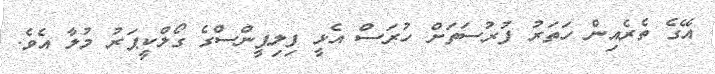
އޭގެ ތެރެއިން ހަތަރު ފުރުސަތަށް ހުރަސް އެޅީ ފިލިޕީންސްގެ ގޯލްކީޕަރު މުލާ އެވެ.